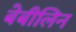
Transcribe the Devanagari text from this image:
बेबीलिन